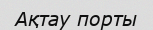
Ақтау порты